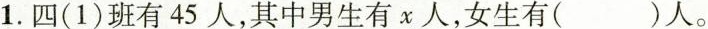
1.四(1)班有45人，其中男生有x人，女生有()人。